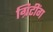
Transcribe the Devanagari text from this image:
ग्रिटींग